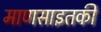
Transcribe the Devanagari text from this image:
माणसाइतकी